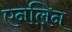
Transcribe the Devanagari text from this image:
एनलिन